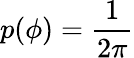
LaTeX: p(\phi)=\frac{1}{2\pi}